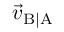
{ \vec { v } } _ { \mathrm { B | A } }